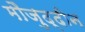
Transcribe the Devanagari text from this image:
मौजुद्दीन